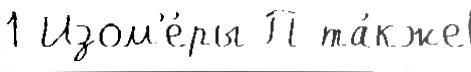
1 Изом'е́ры П та́кже